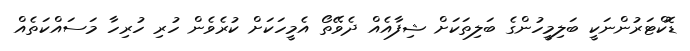
ޑޮކްޓަރުންނަކީ ބަލިމީހުންގެ ބަލިތަކަށް ޝިފާއެއް ދެވޭތޯ އެމީހަކަށް ކުރެވެން ހުރި ހުރިހާ މަސައްކަތެއް